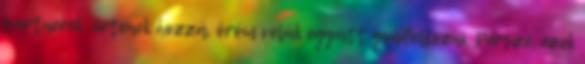
partnerek, értenek hozzá, öröm velük együtt gondolkozni. Persze, ezek